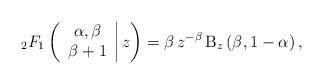
LaTeX: \begin{align*}_{2}F_{1}\left( \left.\begin{array}{c}\alpha ,\beta \\\beta +1\end{array}\right\vert z\right) =\beta \,z^{-\beta }\,\mathrm{B}_{z}\left( \beta,1-\alpha \right) , \end{align*}